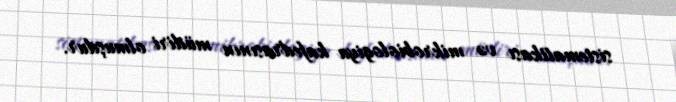
sistematikası və mikrobiologiya kafedrasının müdiri olmuşdur.